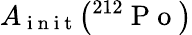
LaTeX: A_{\mathrm{~i~n~i~t~}}\big({}^{212}\mathrm{~P~o~}\big)